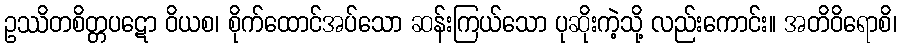
ဥဿိတစိတ္တပဋော ဝိယစ၊ စိုက်ထောင်အပ်သော ဆန်းကြယ်သော ပုဆိုးကဲ့သို့ လည်းကောင်း။ အတိဝိရောစိ၊